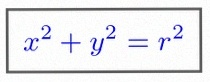
x^2+y^2=r^2